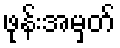
ဖုန်းအမှတ်